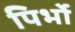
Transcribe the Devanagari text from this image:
पिर्भो